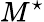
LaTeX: M^{\star}